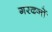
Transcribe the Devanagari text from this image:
गरदनों